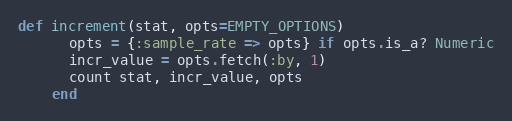
Language: Ruby
def increment(stat, opts=EMPTY_OPTIONS)
      opts = {:sample_rate => opts} if opts.is_a? Numeric
      incr_value = opts.fetch(:by, 1)
      count stat, incr_value, opts
    end